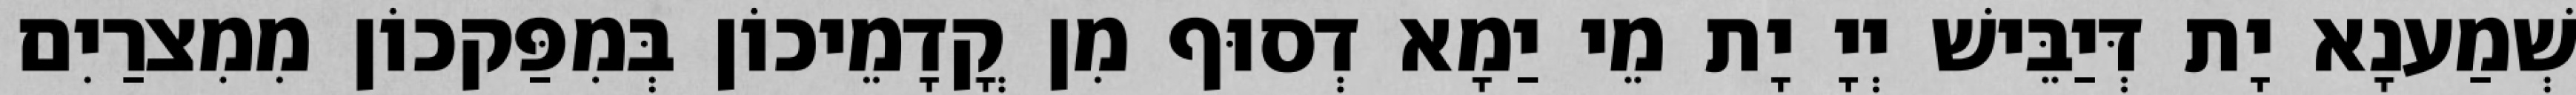
שְׁמַענָא יָת דְּיַבֵּישׁ יְיָ יָת מֵי יַמָא דְסוּף מִן קֳדָמֵיכוֹן בְּמִפַּקכוֹן מִמִצרַיִם